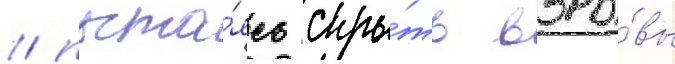
/ пыта́ясь скры́ть взры́вы